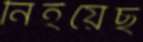
নিইয়েছ